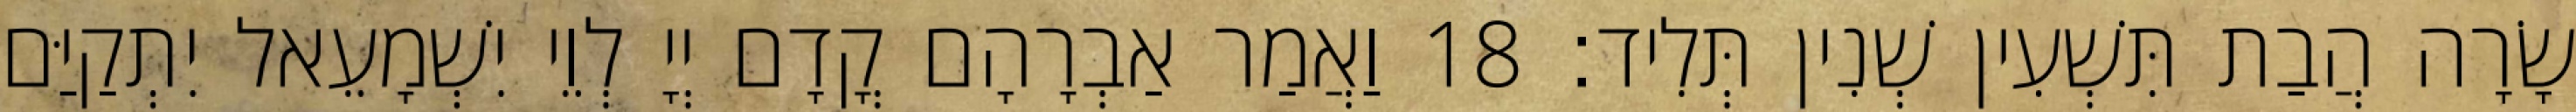
שָׂרָה הֲבַת תִּשְׁעִין שְׁנִין תְּלִיד׃ 18 וַאֲמַר אַבְרָהָם קֳדָם יְיָ לְוֵי יִשְׁמָעֵאל יִתְקַיַּם